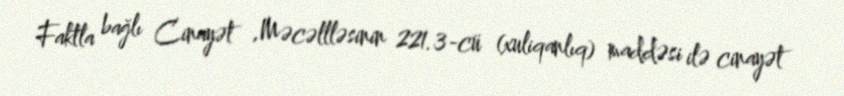
Faktla bağlı Cinayət ,Məcəllləsinin 221.3-cü (xuliqanlıq) maddəsi ilə cinayət